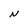
Character: N